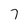
Character: 7